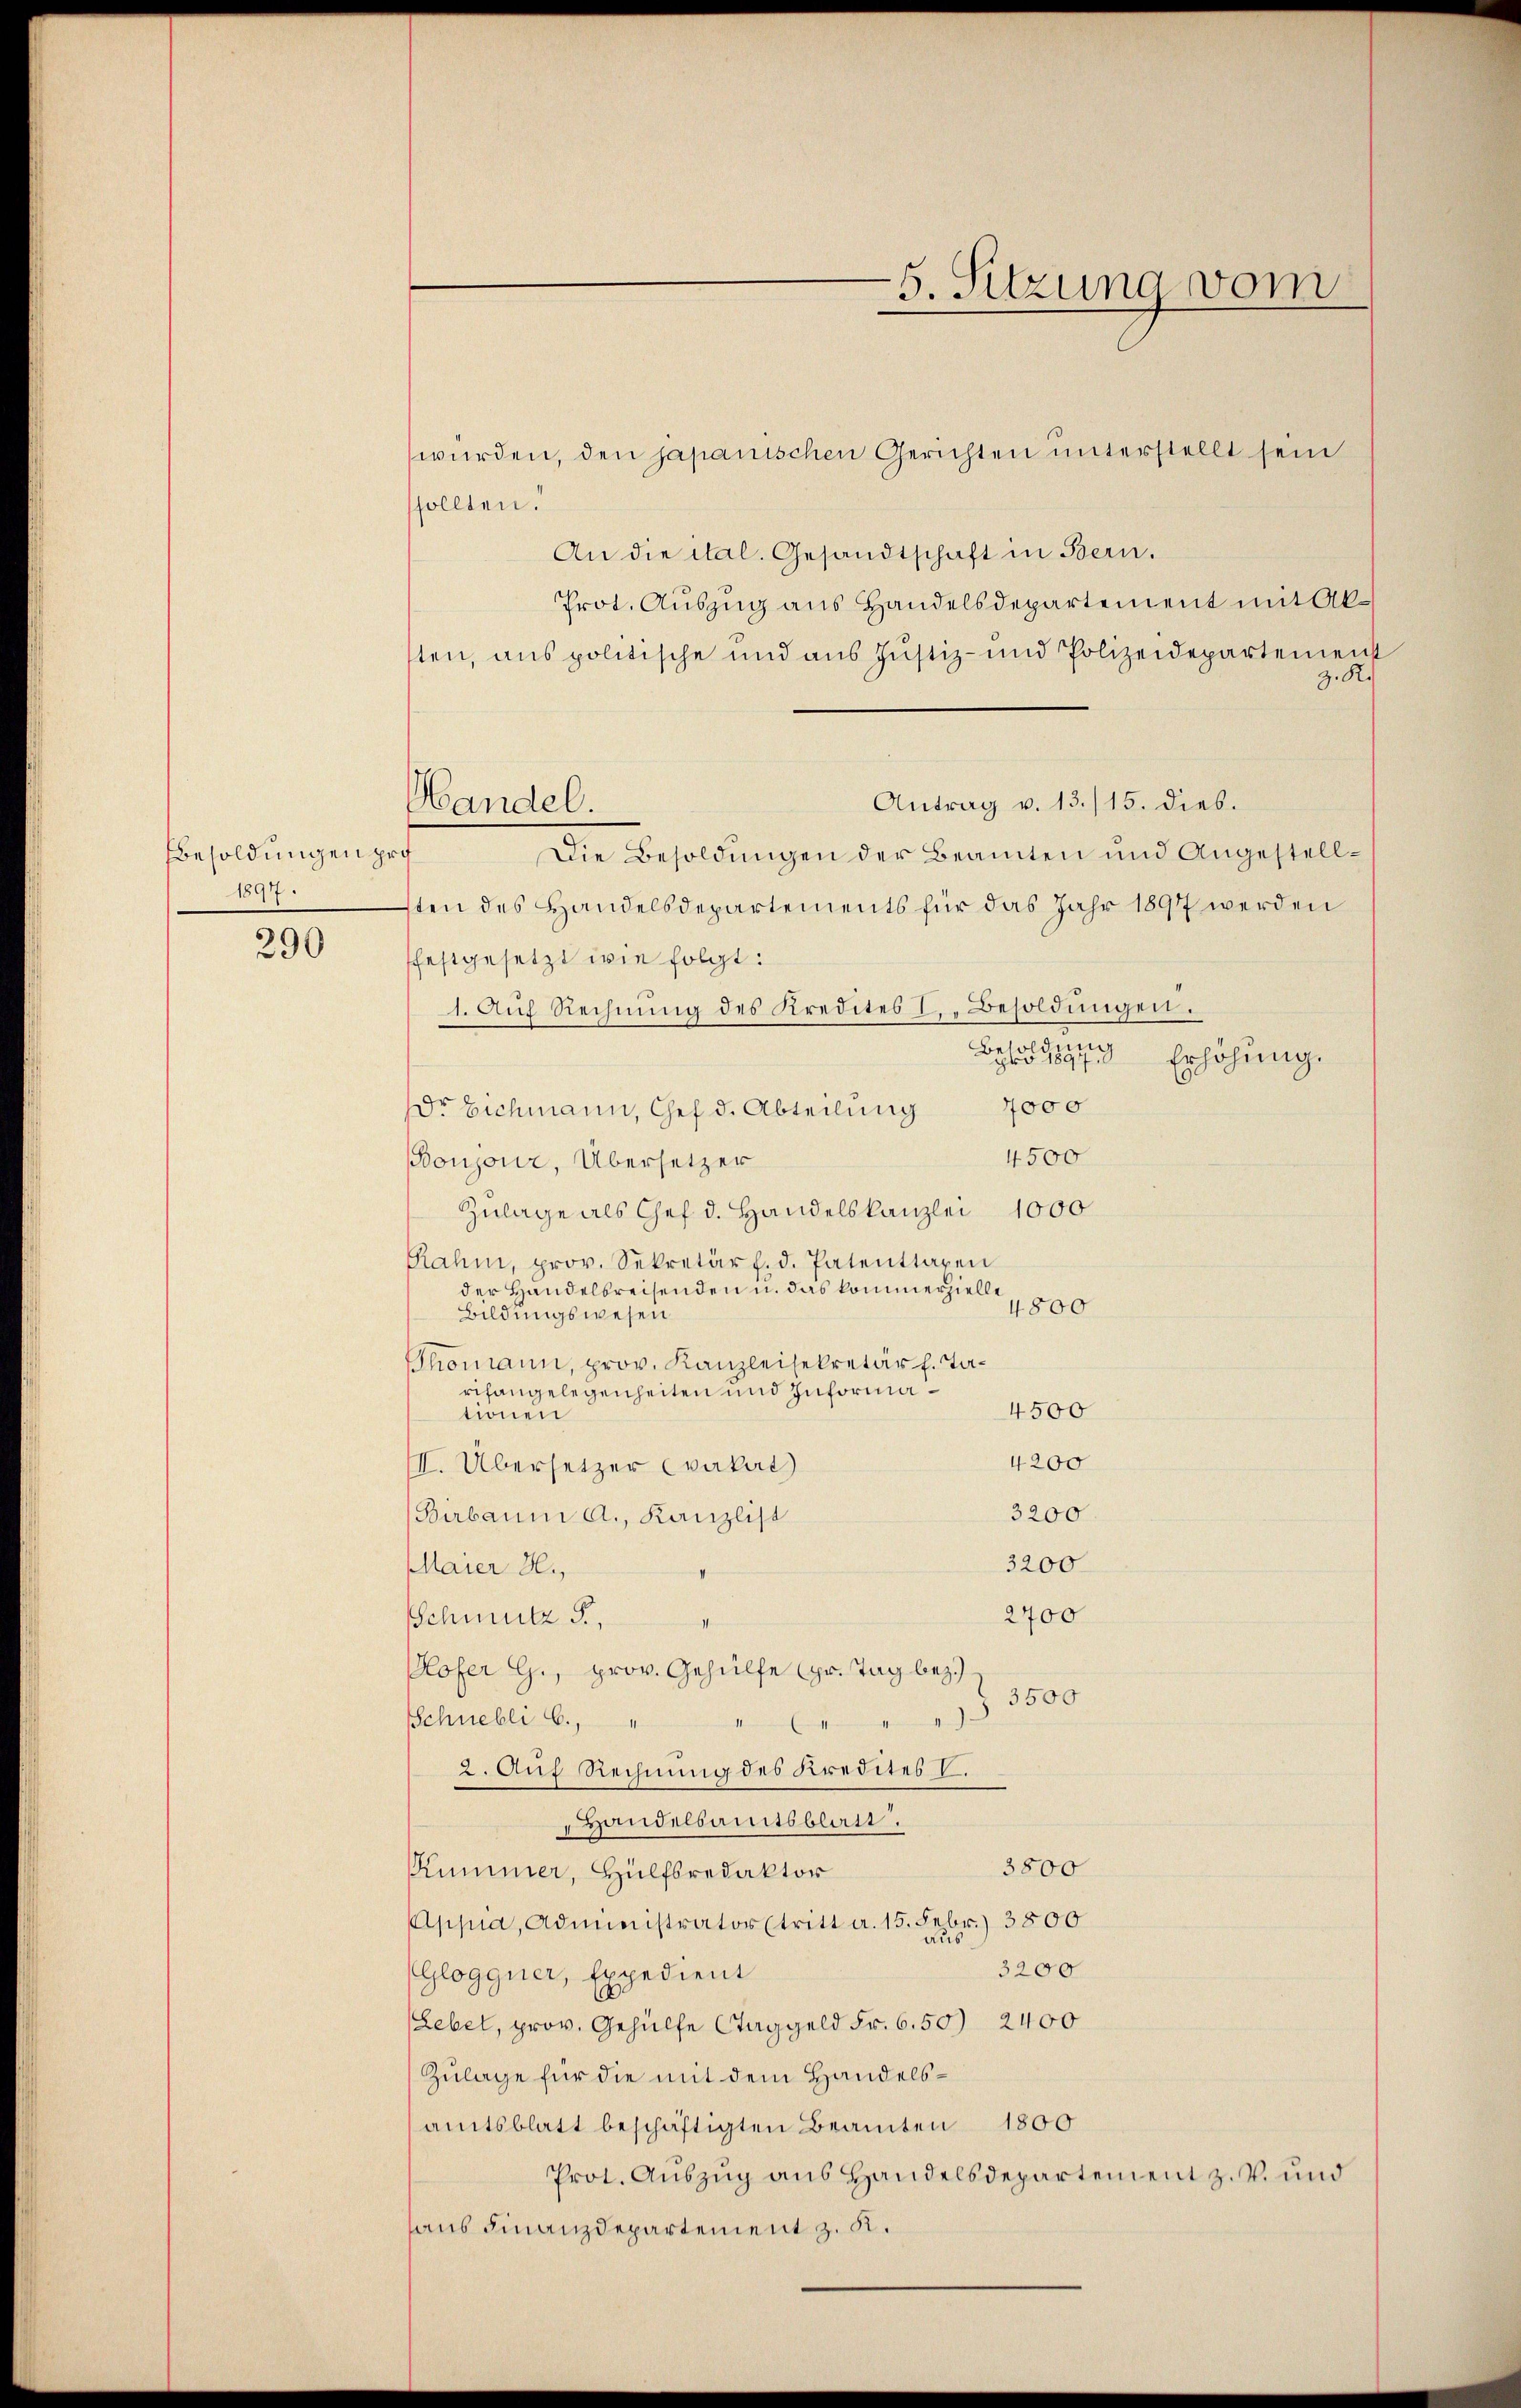
Besoldungen pro
1897.

290

Handel.

5. Sitzung vom

würden, den japanischen Gerichten unterstellt sein
ssollten.
An die ital. Gesandtschaft in Bern.
Prot. Auszug aus Handelsdepartement mit Aksten, aus politische und aus Justiz- und Polizeidepartement
.R.
Antrag v. 13./15. dieb.
Die Besoldungen der Beamten und Angestellsten des Handelsdepartements für das Jahr 1891 werden
ffestgesetzt wie folgt:
1. Aŭf Rechnŭng des Kredites I. Besoldŭngen.

Erhöhung.
dr Eichmann, Chef d. Abteilung 4000
4500
Boujour, Übersetzer
Zulage als Chef d. Handelskanzlei 1000
Rahm, prov. Sekretär f. d. Patenttaxen
der Handelbreisenden u. das kommerzielle
4800
Bildungswesen
Thomann, prov. Kanzleisekretär h. Tarifangelegenheiten und Informa¬
4500
tionen
4200
I. Übersetzer vakat
3200
(Birbaum a., Kanzlist
3200
Maier H.
2700
Schmutz F.,
Hofer G., prov. Gehülfe pr. Tag bez.)
3500
Schnebli b.,
mittenen
2. Auf Rechnung des Kredites V
Handelsamtsblatt.
3800
Kummer, Hülfsredaktor
Appia, Administrator tritt a. 15. Febr.) 3800.
3200
(Glogguer, Expedient
Lebel, prov. Gehülfe Staggeld Fr. 6.50) 2400
Zulage für die mit dem Handelsamtsblatt beschäftigten Beamten 1800
Prot. Auszug aus Handelsdepartement z. B. und
haus Finanzdepartement z. K.